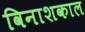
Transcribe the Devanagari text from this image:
विनाशकाल